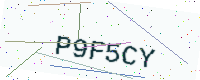
Text: P9F5CY